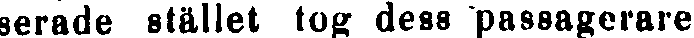
serade stället tog dess passagerare